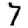
Digit: 7